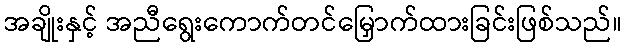
အချိုးနှင့် အညီရွေးကောက်တင်မြှောက်ထားခြင်းဖြစ်သည်။